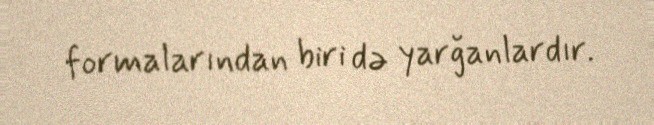
formalarından biri də yarğanlardır.